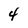
Character: 4